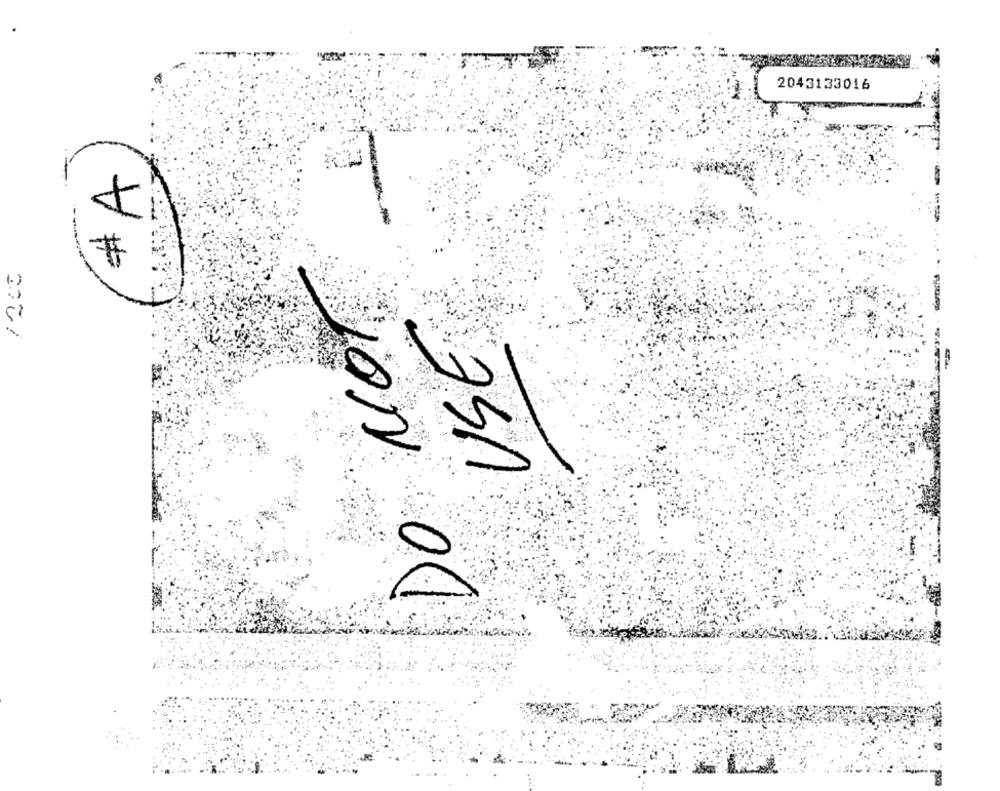
2043133016
# A
USE
5
JON Ol